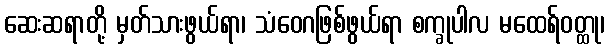
ဆေးဆရာတို့ မှတ်သားဖွယ်ရာ၊ သံဝေဂဖြစ်ဖွယ်ရာ စက္ခုပါလ မထေရ်ဝတ္ထု၊